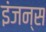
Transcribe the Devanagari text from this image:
इंजन्स